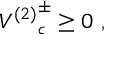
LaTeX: { V ^ { ( 2 ) } } _ { c } ^ { \pm } \geq 0 \ ,